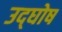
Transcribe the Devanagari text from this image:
उद्‌घोष